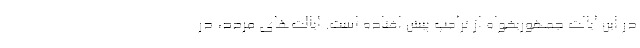
در این ایالت جمهوریخواه از ترامپ پیش افتاده است. ایالت‌های مردد، در